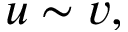
u \sim v ,